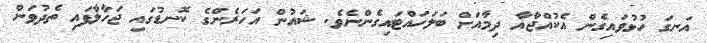
އަނގަ ހުޅުވައިގެން އެކުއްޖާއާ ދިމާއަށް ބަލަހައްޓައިގެންނެވެ. ޝައުން އަހަރެންގެ ކޮނޑުގައި ޖަހާލާފައި ތެދުވަން